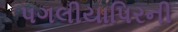
પગલીયાપિરની